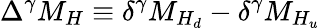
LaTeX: \Delta^{\gamma}M_{H}\equiv\delta^{\gamma}M_{H_{d}}-\delta^{\gamma}M_{H_{u}}